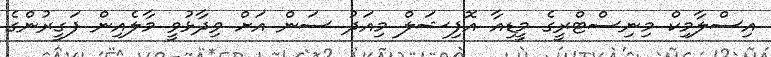
އިސްލާމިކް މިނިސްޓްރީގެ މީޑިއާ އޮފިޝަލް މިއަދު ސަން އަށް ވިދާޅުވީ މާލެއިން ފަގީރުންގެ